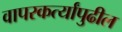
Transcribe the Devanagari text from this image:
वापरकर्त्यांपुढील